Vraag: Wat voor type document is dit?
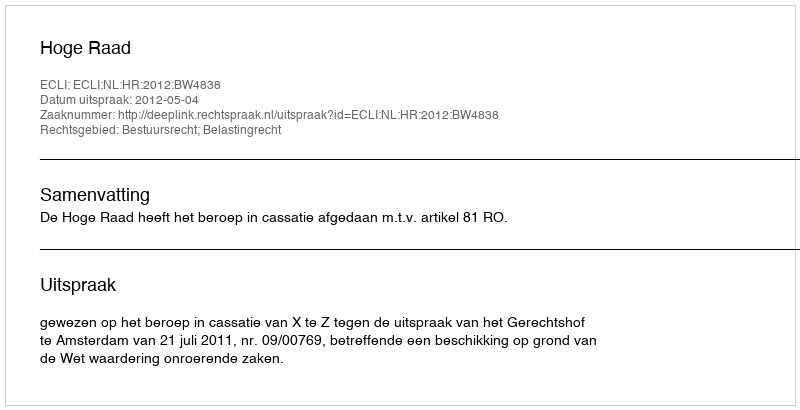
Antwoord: Uitspraak